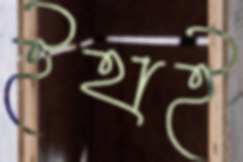
ইহাই